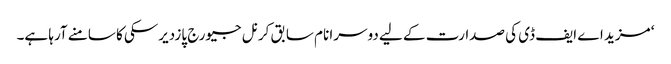
‘ مزید اے ایف ڈی کی صدارت کے لیے دوسرا نام سابق کرنل جیورج پازدیرسکی کا سامنے آرہا ہے۔